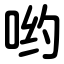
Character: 哟